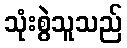
သုံးစွဲသူသည်